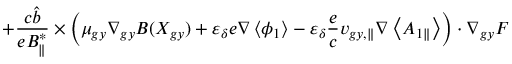
+ \frac { c \hat { b } } { e B _ { \parallel } ^ { * } } \times \left( \mu _ { g y } \nabla _ { g y } B ( X _ { g y } ) + \varepsilon _ { \delta } e \nabla \left< \phi _ { 1 } \right> - \varepsilon _ { \delta } \frac { e } { c } { v } _ { g y , \parallel } \nabla \left< A _ { 1 \parallel } \right> \right) \boldsymbol { \cdot } \nabla _ { g y } F